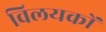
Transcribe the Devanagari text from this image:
विलयकों